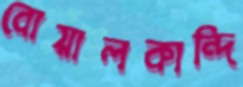
বোয়ালকান্দি